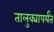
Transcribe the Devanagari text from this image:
तालुक्यापर्यंत